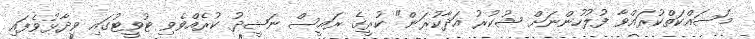
މަސައްކަތްކުރައްވާ ފުލުހުންނަށް ޝުކުރު އަދާކުރަން" ކުރީގެ ރައީސް ނަޝީދު ކުރެއްވެވި ޓުވީޓުގައި ވިދާޅުވެފައި